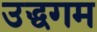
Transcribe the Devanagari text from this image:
उद्धगम